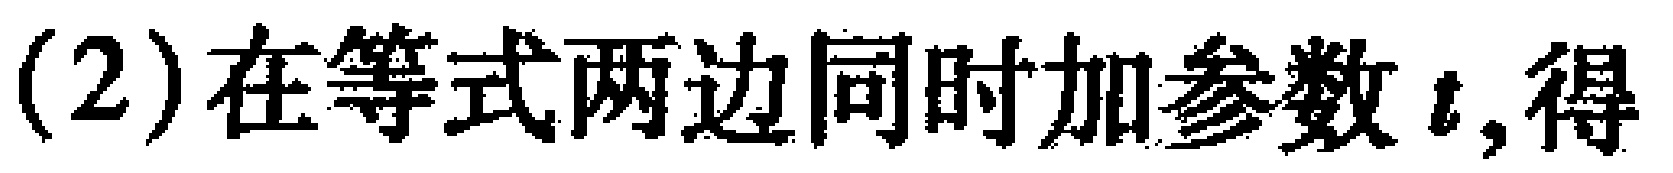
(2)在等式两边同时加参数 \(t\),得